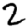
Digit: 2